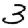
Digit: 3